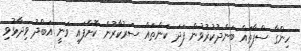
ހިންގާ ސްޕާތައް ބަންދުކުރުވުން ފަދަ ކަންތައް ސަރުކާރުން ކޮށްފައި ވަނީ އަބްދު ވިދާޅުވި